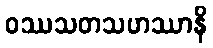
ဝဿသတသဟဿာနိ